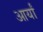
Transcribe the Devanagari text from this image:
आर्यां